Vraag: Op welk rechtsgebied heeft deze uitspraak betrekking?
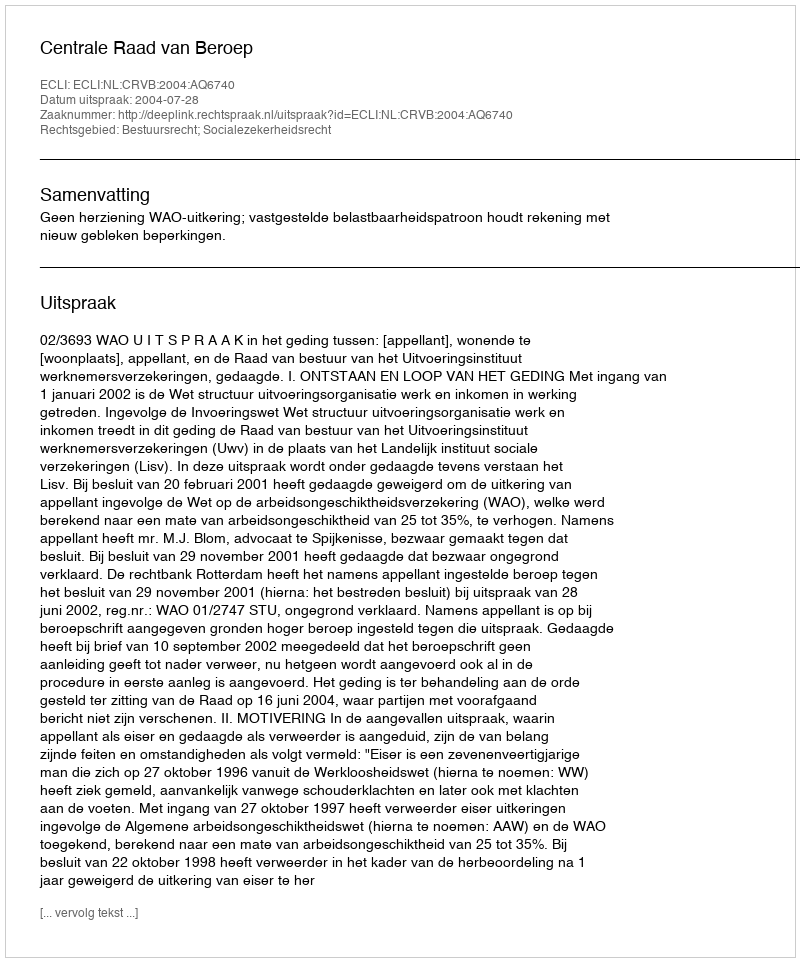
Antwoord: Bestuursrecht; Socialezekerheidsrecht